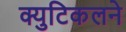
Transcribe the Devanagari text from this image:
क्युटिकलने